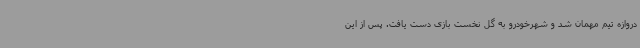
دروازه تیم مهمان شد و شهرخودرو به گل نخست بازی دست یافت. پس از این